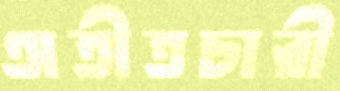
অতীতচারী